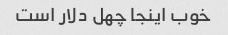
خوب اینجا چهل دلار است